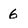
Character: 6